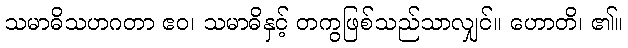
သမာဓိသဟဂတာ ဧဝ၊ သမာဓိနှင့် တကွဖြစ်သည်သာလျှင်။ ဟောတိ၊ ၏။